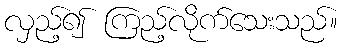
လှည့်၍ ကြည့်လိုက်သေးသည်။